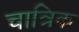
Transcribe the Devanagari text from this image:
चात्रिक